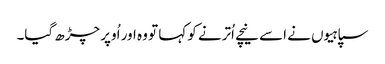
سپاہیوں نے اسے نیچے اُترنے کو کہا تو وہ اور اُوپر چڑھ گیا۔